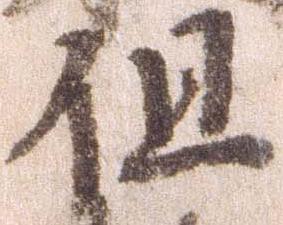
但